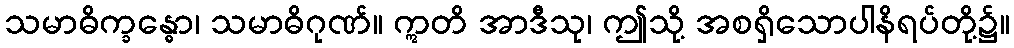
သမာဓိက္ခန္ဓော၊ သမာဓိဂုဏ်။ ဣတိ အာဒီသု၊ ဤသို့ အစရှိသောပါနိရပ်တို့၌။